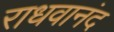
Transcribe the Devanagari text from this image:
राधवानंद